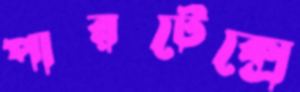
পারটেক্সে